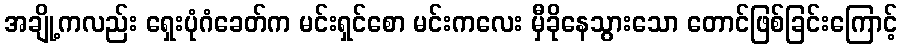
အချို့ကလည်း ရှေးပုံဂံခေတ်က မင်းရှင်စော မင်းကလေး မှီခိုနေသွားသော တောင်ဖြစ်ခြင်းကြောင့်